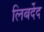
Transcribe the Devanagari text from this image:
लिबर्देद